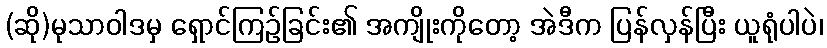
(ဆို)မုသာဝါဒမှ ရှောင်ကြဉ်ခြင်း၏ အကျိုးကိုတော့ အဲဒီက ပြန်လှန်ပြီး ယူရုံပါပဲ၊